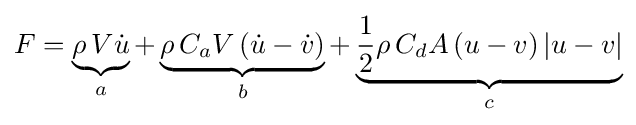
F=\underbrace {\rho \,V{\dot {u}}} _{a}+\underbrace {\rho \,C_{a}V\left({\dot {u}}-{\dot {v}}\right)} _{b}+\underbrace {{\frac {1}{2}}\rho \,C_{d}A\left(u-v\right)\left|u-v\right|} _{c}